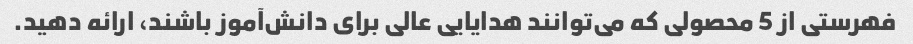
فهرستی از 5 محصولی که می‌توانند هدایایی عالی برای دانش‌آموز باشند، ارائه دهید.